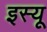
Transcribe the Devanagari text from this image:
इस्यू